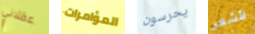
عقلاني المؤامرات يحرسون لأشعر